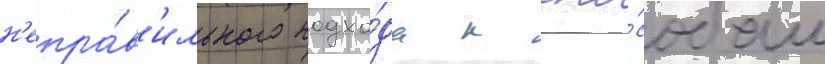
н'епра́в'ильного подхо́да к спо́собам